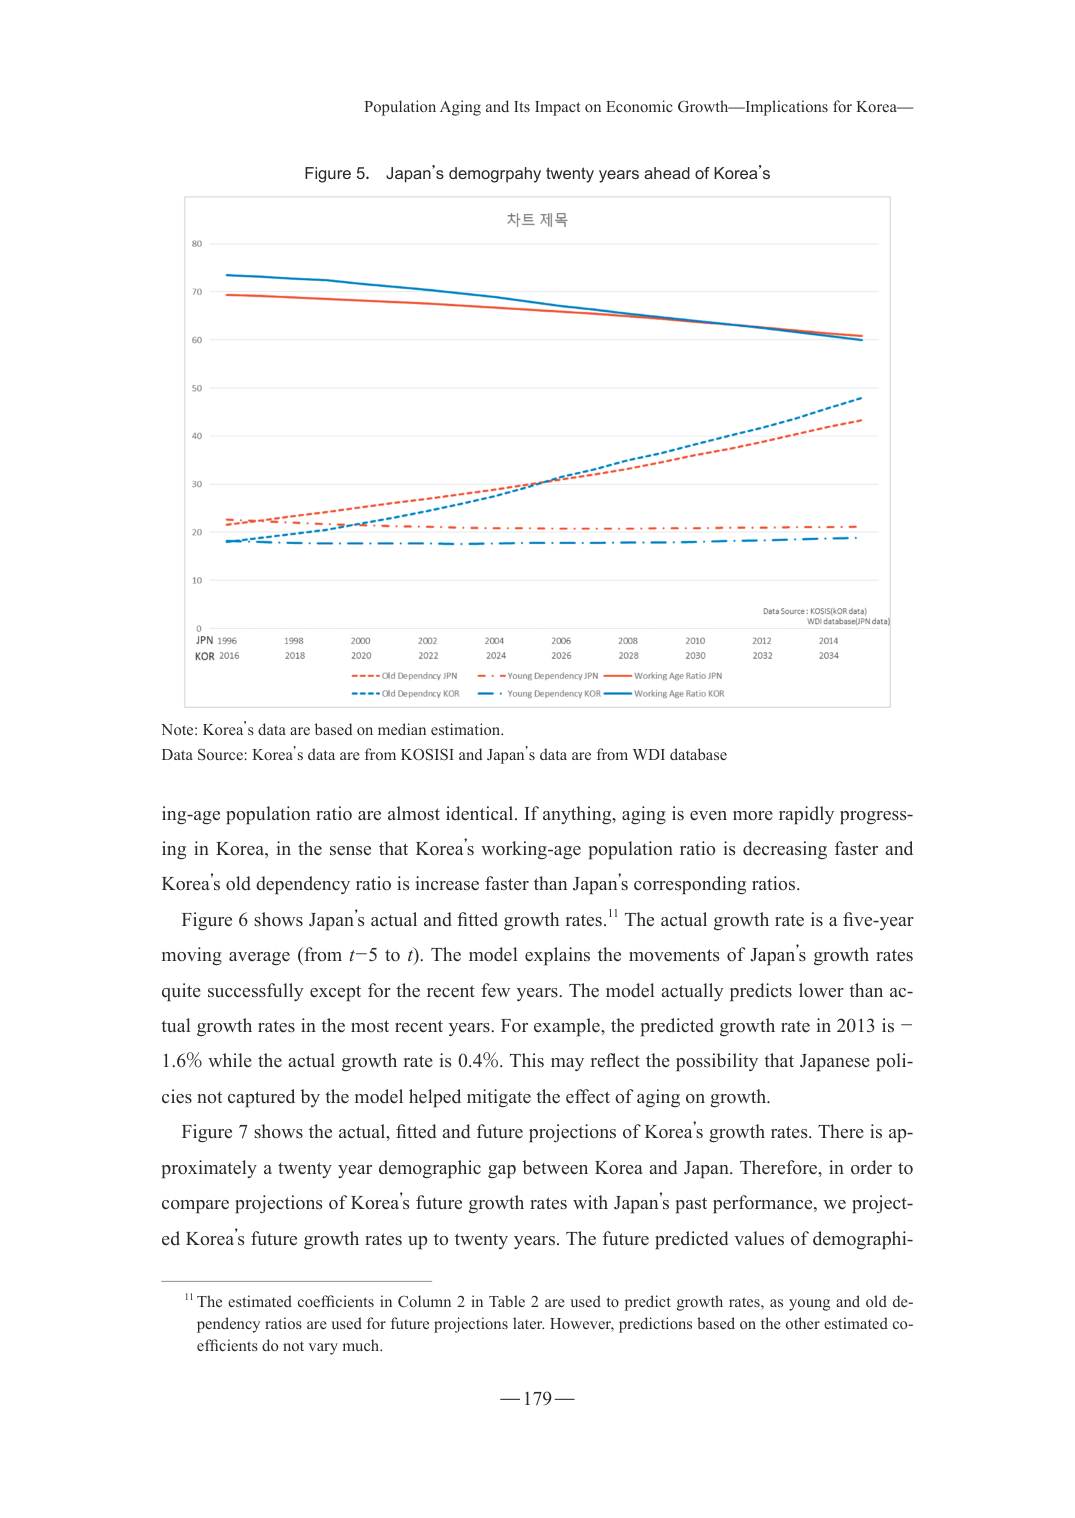
Population Aging and Its Impact on Economic Growth—Implications for Korea—

Figure 5. Japan’s demography twenty years ahead of Korea’s

차트 제목

80
70
60
50
40
30
20
10
0

JPN 1996
KOR 2016

1998 2000 2002 2004 2006 2008 2010 2012 2014
2018 2020 2022 2024 2026 2028 2030 2032 2034

Data Source: KOSIS(KOR data)
WDI database(JPN data)

Old Dependency JPN
Young Dependency JPN
Working Age Ratio JPN
Old Dependency KOR
Young Dependency KOR
Working Age Ratio KOR

Note: Korea’s data are based on median estimation.
Data Source: Korea’s data are from KOSISI and Japan’s data are from WDI database

ing-age population ratio are almost identical. If anything, aging is even more rapidly progressing in Korea, in the sense that Korea’s working-age population ratio is decreasing faster and Korea’s old dependency ratio is increase faster than Japan’s corresponding ratios.

Figure 6 shows Japan’s actual and fitted growth rates.¹¹ The actual growth rate is a five-year moving average (from t−5 to t). The model explains the movements of Japan’s growth rates quite successfully except for the recent few years. The model actually predicts lower than actual growth rates in the most recent years. For example, the predicted growth rate in 2013 is −1.6% while the actual growth rate is 0.4%. This may reflect the possibility that Japanese policies not captured by the model helped mitigate the effect of aging on growth.

Figure 7 shows the actual, fitted and future projections of Korea’s growth rates. There is approximately a twenty year demographic gap between Korea and Japan. Therefore, in order to compare projections of Korea’s future growth rates with Japan’s past performance, we projected Korea’s future growth rates up to twenty years. The future predicted values of demographi-

¹¹ The estimated coefficients in Column 2 in Table 2 are used to predict growth rates, as young and old dependency ratios are used for future projections later. However, predictions based on the other estimated coefficients do not vary much.

— 179 —